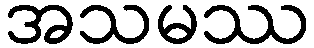
အသမဿ